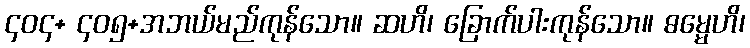
၄၀၄+ ၄၀၅+အဘယ်မည်ကုန်သော။ ဆဟိ၊ ခြောက်ပါးကုန်သော။ ဓမ္မေဟိ၊